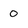
Character: 0